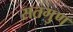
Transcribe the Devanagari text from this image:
सतगुण